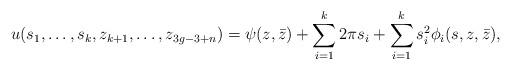
LaTeX: \begin{align*}u(s_{1},\dots, s_{k}, z_{k+1}, \dots, z_{3g-3+n})=\psi(z,\bar z)+\sum_{i=1}^{k}2\pi s_{i}+\sum_{i=1}^{k}s_{i}^{2}\phi_{i}(s,z,\bar z),\end{align*}